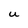
Character: U